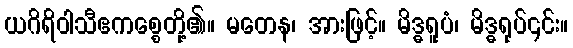
ယဂိရိဝါသီဧကစ္စေတို့၏။ မတေန၊ အားဖြင့်။ မိဒ္ဓရူပံ၊ မိဒ္ဓရုပ်၎င်း။